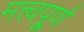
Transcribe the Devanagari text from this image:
मत्त्वपूर्र्ण